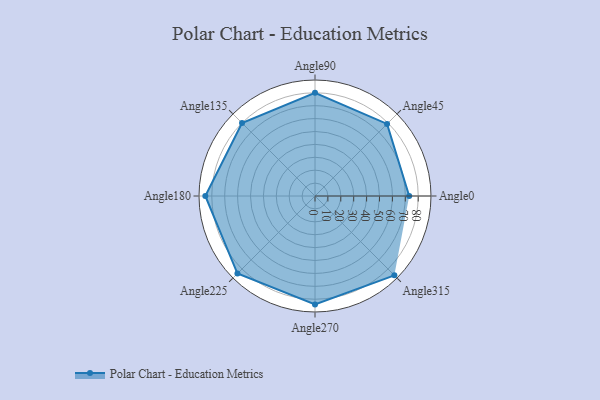
{"axis": {"x": "Angle", "y": "Radius"}, "legend": [""], "data": [{"x": "Angle0", "y": 73.0, "type": ""}, {"x": "Angle45", "y": 79.0, "type": ""}, {"x": "Angle90", "y": 80.0, "type": ""}, {"x": "Angle135", "y": 80.0, "type": ""}, {"x": "Angle180", "y": 85.0, "type": ""}, {"x": "Angle225", "y": 85.0, "type": ""}, {"x": "Angle270", "y": 84.0, "type": ""}, {"x": "Angle315", "y": 87.0, "type": ""}]}